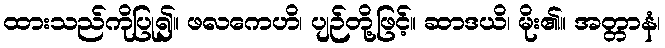
ထားသည်ကိုပြု၍။ ဖလကေဟိ၊ ပျဉ်တို့ဖြင့်။ ဆာဒယိ၊ မိုး၏။ အတ္တာနံ၊